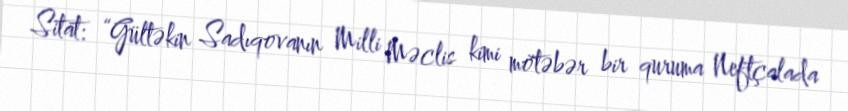
Sitat: “Gültəkin Sadıqovanın Milli Məclis kimi mötəbər bir quruma Neftçalada